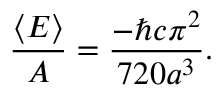
{ \frac { \langle E \rangle } { A } } = { \frac { - \hbar c \pi ^ { 2 } } { 7 2 0 a ^ { 3 } } } .